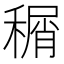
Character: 𬓹